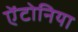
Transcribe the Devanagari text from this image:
ऐंटोनिया